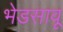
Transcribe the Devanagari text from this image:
भेडसावू